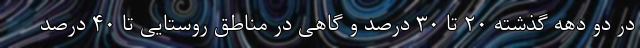
در دو دهه گذشته ۲۰ تا ۳۰ درصد و گاهی در مناطق روستایی تا ۴۰ درصد